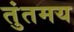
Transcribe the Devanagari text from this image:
तुंतमय